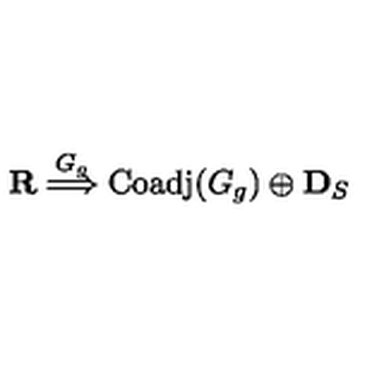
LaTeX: \mathbf { R } \stackrel { G _ { g } } { \Longrightarrow } \mathrm { C o a d j } ( G _ { g } ) \oplus \mathbf { D } _ { S }